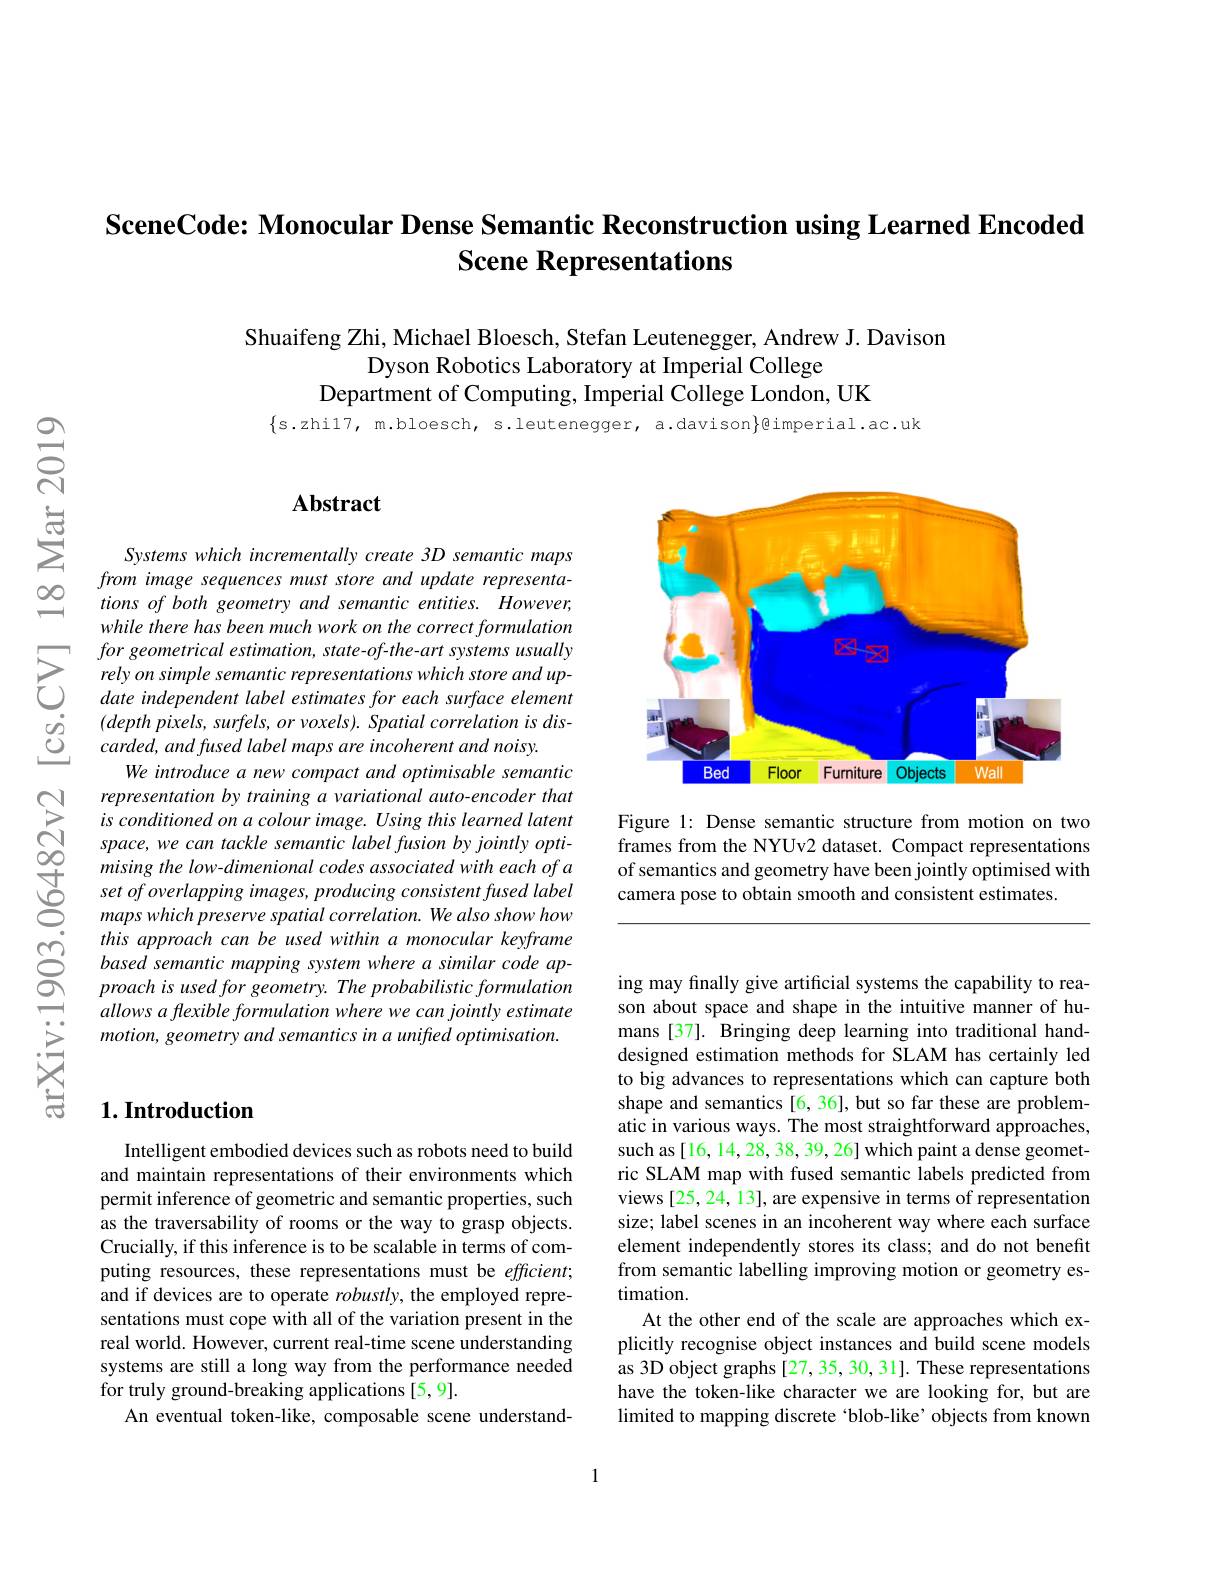
## SceneCode: Monocular Dense Semantic Reconstruction using Learned Encoded Scene Representations

Shuaifeng Zhi, Michael Bloesch, Stefan Leutenegger, Andrew J. Davison
Dyson Robotics Laboratory at Imperial College
Department of Computing, Imperial College London, UK

$\{$s.zhi17, m.bloesch, s.leutenegger, a.davison$\}$@imperial.ac.uk

<FigureHere>

Figure 1: Dense semantic structure from motion on two frames from the NYUv2 dataset. Compact representations of semantics and geometry have been jointly optimised with camera pose to obtain smooth and consistent estimates.

### $\mathbf{Abstract}$

Systems which incrementally create 3D semantic maps from image sequences must store and update representations of both geometry and semantic entities. However, while there has been much work on the correct formulation
$\sum_{\begin{array}{cc}&forgeometrical&estimation,&state-of-the-art&systems&usually\\&relyon&simple&semantic&representations&which&store&and&up-\\&date&independent&label&estimates&for&each&surface&element\end{array}}$ $\begin{array}{ccc}\dot{g}&&(depth\:pixels,\:surfels,\:or\:voxels).\:Spatial\:correlation\:is\:dis-\\\dot{C}&&carded,\:and\:fused\:label\:maps\:are\:incoherent\:and\:noisy.\end{array}$
We introduce a new compact and optimisable semantic representation by training a variational auto-encoder that is conditioned on a colour image. Using this learned latent space, we can tackle semantic label fusion by jointly optimising the low-dimenional codes associated with each of a set of overlapping images, producing consistent fused label maps which preserve spatial correlation. We also show how this approach can be used within a monocular keyframe based semantic mapping system where a similar code ap- $proachisusedforgeometry.Theprobabilisticformulation$ allows a flexible formulation where we can jointly estimate motion, geometry and semantics in a unifred optimisation.

# $1. \textbf{Introduction}$

Intelligent embodied devices such as robots need to build and maintain representations of their environments which permit inference of geometric and semantic properties, such as the traversability of rooms or the way to grasp objects. Crucially, if this inference is to be scalable in terms of computing resources, these representations must be efficient; and if devices are to operate $robustly$, the employed representations must cope with all of the variation present in the real world. However, current real-time scene understanding systems are still a long way from the performance needed for truly ground-breaking applications [5,9].
An eventual token-like, composable scene understand-

ing may finally give artificial systems the capability to reason about space and shape in the intuitive manner of humans [37]. Bringing deep learning into traditional handdesigned estimation methods for SLAM has certainly led to big advances to representations which can capture both shape and semantics [6, 36], but so far these are problematic in various ways. The most straightforward approaches, such as[16, 14, 28, 38, 39, 26] which paint a dense geometric SLAM map with fused semantic labels predicted from views [25,24,13], are expensive in terms of representation size; label scenes in an incoherent way where each surface element independently stores its class; and do not benefit from semantic labelling improving motion or geometry estimation
At the other end of the scale are approaches which explicitly recognise object instances and build scene models as 3D object graphs [27, 35, 30, 31]. These representations have the token-like character we are looking for, but are limited to mapping discrete 'blob-like’objects from known

1